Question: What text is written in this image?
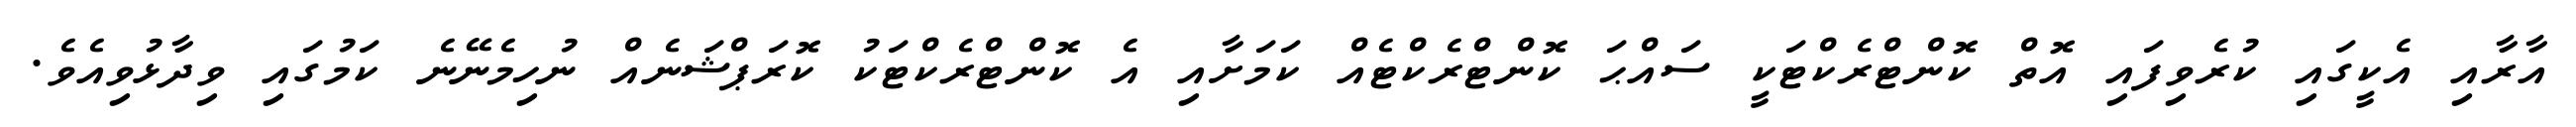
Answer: އާރާއި އެކީގައި ކުރެވިފައި އޮތް ކޮންޓްރެކްޓަކީ ސައްޙަ ކޮންޓްރެކްޓެއް ކަމަށާއި އެ ކޮންޓްރެކްޓަކު ކޮރަޕްޝަނެއް ނުހިމެނޭނެ ކަމުގައި ވިދާޅުވިއެވެ.